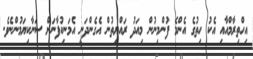
އިހްތިރާމްއާއި އެކު ހިތުގެ އެންމެ ފުންމިނުން މިއަދު ރައްޔިތުން އެގެންދަނީ އެމަނިކުފާނަށް ސަނާކިޔަމުންނެވެ.